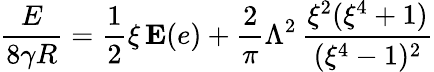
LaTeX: \frac{E}{8\gamma R}=\frac{1}{2}\xi\, \mathbf{E}(e)+\frac{2}{\pi}\Lambda^{2}\, \frac{\xi^{2}(\xi^{4}+1)}{(\xi^{4}-1)^{2}}